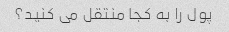
پول را به کجا منتقل می کنید؟